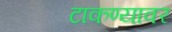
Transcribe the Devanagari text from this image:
टाकण्यावर